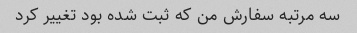
سه مرتبه سفارش من که ثبت شده بود تغییر کرد